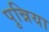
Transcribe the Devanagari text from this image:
पुन्निया